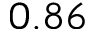
0 . 8 6